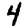
Digit: 4